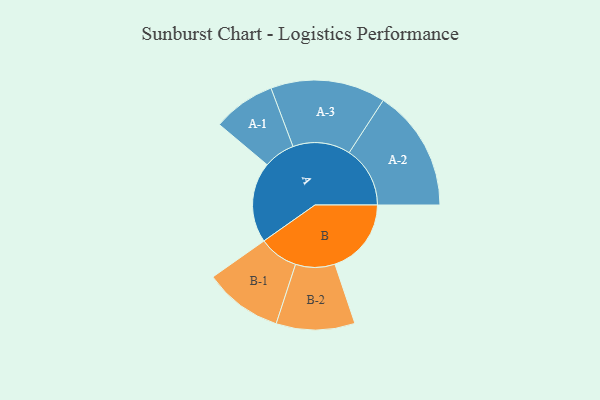
{"axis": {"x": "Segment", "y": "Value"}, "legend": ["", "A", "B"], "data": [{"x": "A", "y": 354, "type": ""}, {"x": "B", "y": 336, "type": ""}, {"x": "A-1", "y": 138, "type": "A"}, {"x": "A-2", "y": 268, "type": "A"}, {"x": "A-3", "y": 253, "type": "A"}, {"x": "B-1", "y": 173, "type": "B"}, {"x": "B-2", "y": 173, "type": "B"}]}